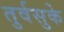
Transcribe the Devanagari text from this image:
तुर्वसुके